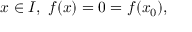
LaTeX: x \in I , \; f ( x ) = 0 = f ( x _ { 0 } ) ,